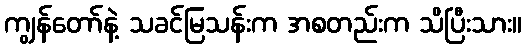
ကျွန်တော်နဲ့ သခင်မြသန်းက အစတည်းက သိပြီးသား။